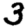
Digit: 3